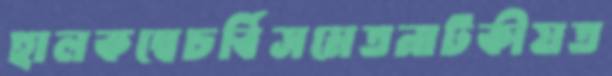
হালকম্বেচর্বিসমেতনাটকীয়ত